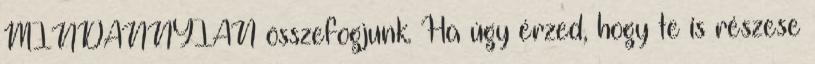
MINDANNYIAN összefogjunk. Ha úgy érzed, hogy te is részese